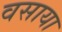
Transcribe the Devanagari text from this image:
वसाया